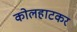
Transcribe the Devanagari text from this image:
कोलहाटकर